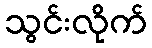
သွင်းလိုက်